Scottish Leaving Certificate Examination, 1954
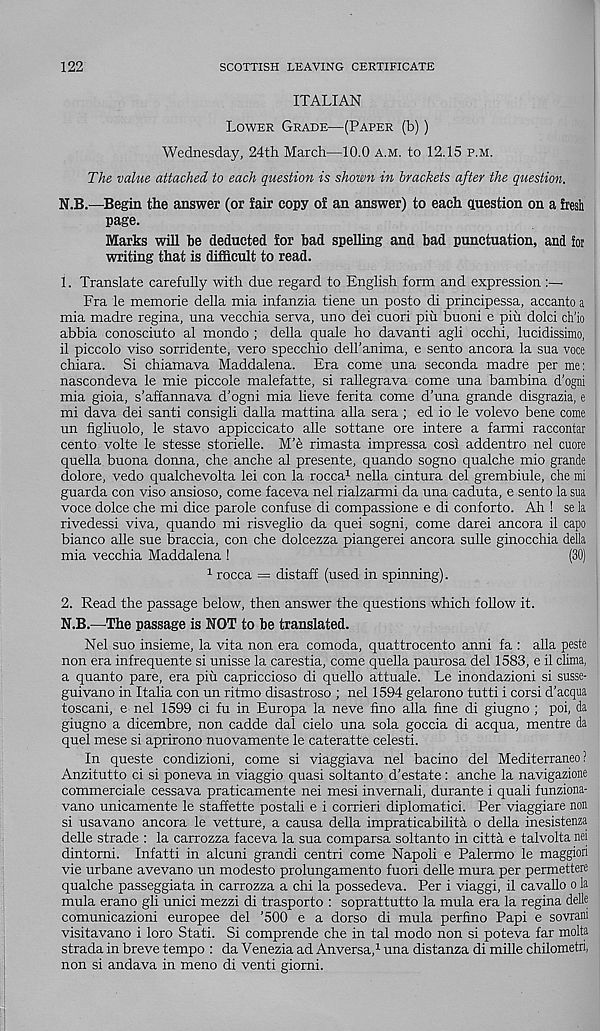
122
SCOTTISH LEAVING CERTIFICATE
ITALIAN
Lower Grade—(Paper (b))
Wednesday, 24th March—10.0 a.m. to 12.15 p.m.
The value attached to each question is shown in brackets after the question.
N.B.—Begin the answer (or fair copy of an answer) to each question on a fresh
page.
Marks will he deducted for bad spelling and bad punctuation, and for
writing that is difficult to read.
1. Translate carefully with due regard to English form and expression :—
Fra le memorie della mia infanzia tiene un posto di principessa, accanto a
mia madre regina, una vecchia serva, uno dei cuori piu buoni e piu dole! ch’io
abbia conosciuto al mondo ; della quale ho davanti agli occhi, lucidissimo,
il piccolo viso sorridente, vero specchio dell’anima, e sento ancora la sua voce
chiara. Si chiamava Maddalena. Era come una seconda madre per me:
nascondeva le mie piccole malefatte, si rallegrava come una bambina d’ogni
mia gioia, s’affannava d’ogni mia lieve ferita come d’una grande disgrazia, e
mi dava dei santi consigli dalla mattina alia sera; ed io le volevo bene come
un figliuolo, le stavo appiccicato alle sottane ore intere a farmi raccontar
cento volte le stesse storielle. M’e rimasta impressa cosi addentro nel cuore
quella buona donna, che anche al presente, quando sogno qualche mio grande
dolore, vedo qualchevolta lei con la rocca 1 nella cintura del grembiule, che mi
guarda con viso ansioso, come faceva nel rialzarmi da una caduta, e sento la sua
voce dolce che mi dice parole confuse di compassione e di conforto. Ah ! se la
rivedessi viva, quando mi risveglio da quei sogni, come darei ancora il capo
bianco alle sue braccia, con che dolcezza piangerei ancora sulle ginocchia della
mia vecchia Maddalena !
(30)
1 rocca = distaff (used in spinning).
2. Read the passage below, then answer the questions which follow it.
N.B.—The passage is NOT to be translated.
Nel suo insieme, la vita non era comoda, quattrocento anni fa : alia peste
non era infrequente si unisse la carestia, come quella paurosa del 1583, e il clima,
a quanto pare, era piu capriccioso di quello attuale. Le inondazioni si susse-
guivano in Italia con un ritmo disastroso ; nel 1594 gelarono tutti i corsi d’acqua
toscani, e nel 1599 ci fu in Europa la neve fino alia fine di giugno ; poi, da
giugno a dicembre, non cadde dal cielo una sola goccia di acqua, mentre da
quel mese si aprirono nuovamente le cateratte celesti.
In queste condizioni, come si viaggiava nel bacino del Mediterraneo ?
Anzitutto ci si poneva in viaggio quasi soltanto d’estate: anche la navigazione
commerciale cessava praticamente nei mesi invernali, durante i quali funziona-
vano unicamente le staffette postali e i corrieri diplomatici. Per viaggiare non
si usavano ancora le vetture, a causa della impraticabilita o della inesistenza
delle strade : la carrozza faceva la sua comparsa soltanto in citta e talvolta nei
dintorni. Infatti in alcuni grandi centri come Napoli e Palermo le maggiori
vie urbane avevano un modesto prolungamento fuori delle mura per permettere
qualche passeggiata in carrozza a chi la possedeva. Per i viaggi, il cavallo o la
mula erano gli unici mezzi di trasporto : soprattutto la mula era la regina delle
comunicazioni europee del ’500 e a dorso di mula perfino Papi e sovrani
visitavano i loro Stati. Si comprende che in tal modo non si poteva far molta
strada in breve tempo : da Venezia ad Anversa, 1 una distanza di mille chilometri,
non si andava in meno di venti giorni.